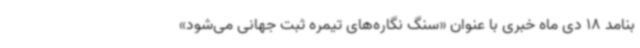
بنامد 18 دی ماه خبری با عنوان «سنگ نگاره‌های تیمره ثبت جهانی می‌شود»